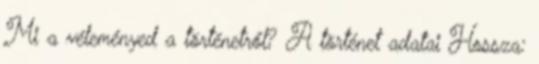
Mi a véleményed a történetről? A történet adatai Hossza: